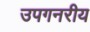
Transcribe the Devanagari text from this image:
उपगनरीय